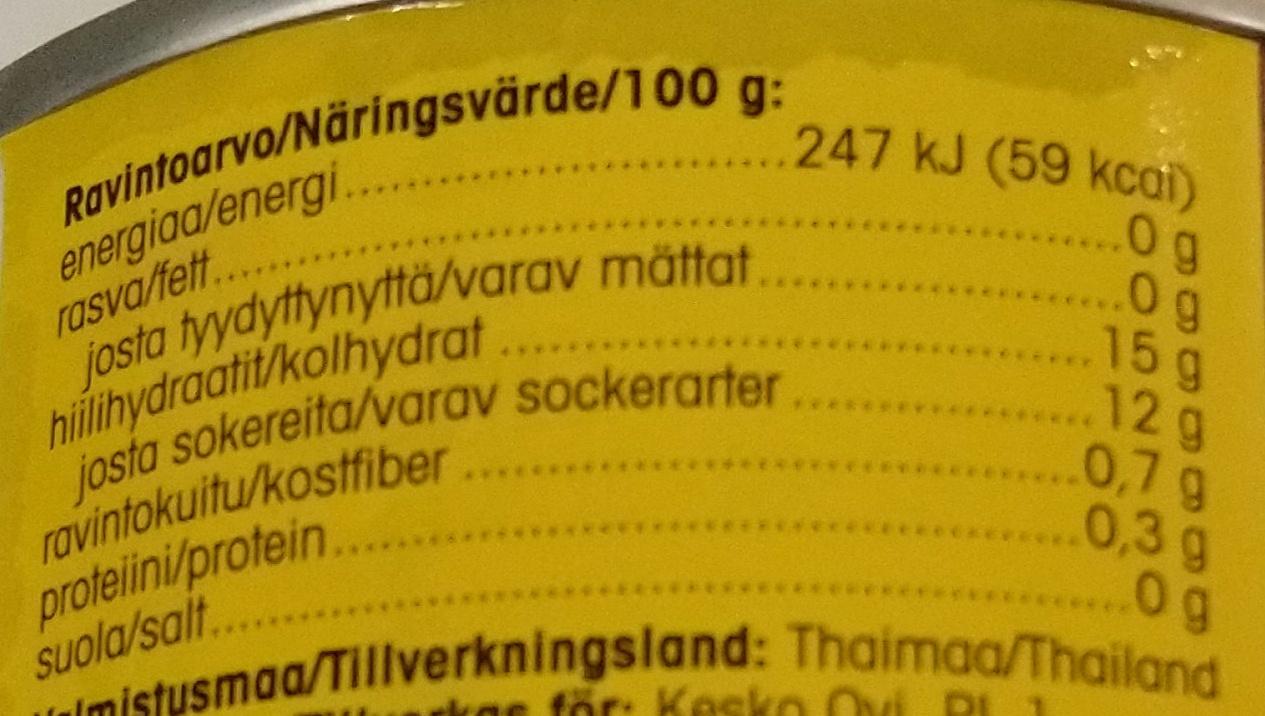
Ravintoarvo/Näringsvärde/100 g:
energiaa/energi. rasva/fett
josta tyydyttynyttä/varav mättat.. hiilihydraatit/kolhydrat.....
josta sokereita/varav sockerarter.
ravintokuitu/kostfiber... proteiini/protein... suola/salt......
247 kJ (59 kcai) ....0 g 0 g 15 g ..12 g
....0,7 g 0,3 g
0 g
Imistusmaa/Tillverkningsland: Thaimaa/Thailand
DI
for: Kesko